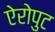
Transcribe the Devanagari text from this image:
ऐरोपुट